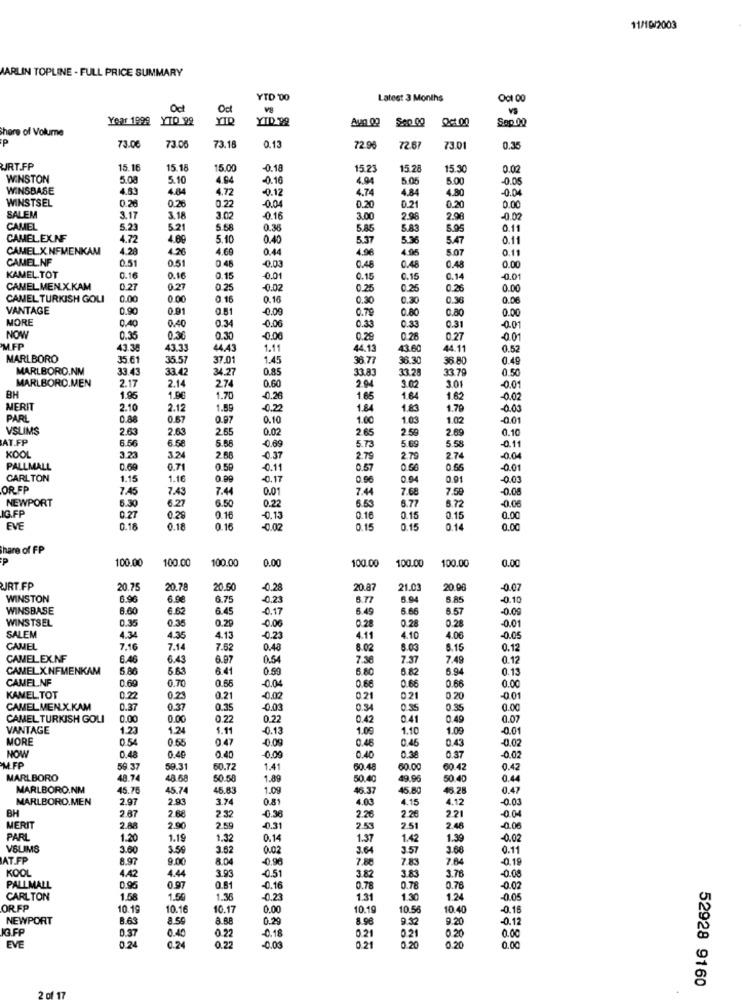
11/10/2003
MARLIN TOPLINE - FULL PRICE SUMMARY
YTD '00
Latest 3 Months
Oct
Oct
VS
Year 1999
YTQ '98
YIR
YID 99
Aug 00
Son 00
Sap 00
there of Volume
P
73.0€
73.05
73.18
0.13
72.96
72.67
730
0.35
URT.FP
15.16
15.18
15.00
-0.18
15.2
15.28
15.30
000
WINSTON
5.08
5.10
4.64
-0.16
4.94
5.05
5.00
-0.05
WINSBASE
4.53
4.84
4.72
-0.12
4.74
4.84
4.80
0.04
WINSTSEL
0.26
0.22
0.00
0.28
0.04
0.20
0.21
0.20
SALEM
3.17
3.18
3.02
-0.16
3.00
2.98
2.98
-0.02
CAMEL
5.23
5.21
5.58
0.36
5.85
5.83
5.95
0.11
CAMEL.EX.NF
4.72
4.00
5.10
0.40
5.37
5.36
5.47
0.11
CAMEL.X. NEMENKAM
4.28
4.26
4.60
0.44
4.96
4.95
5.07
0.11
CAMEL.NF
0.51
0.51
0.48
-0.03
0.48
0.48
0.48
0.00
KAMEL.TOT
0.16
0.16
0.15
0.01
0.15
0.15
0.14
-0.01
CAMEL MEN.X.KAM
0.27
0.27
0.25
-0.02
0.25
0.25
0.26
0.00
CAMEL TURKISH GOLI
0.00
0.00
0.16
0.16
0.30
0.30
0.36
0.06
VANTAGE
0.90
0.91
0.81
-0.09
0.79
0.80
0.80
0.00
MORE
0.40
0.40
0.34
-0.06
0.33
0.33
0.31
-0.01
NOW
0.35
0.36
0.30
-0.00
0.29
0.26
0.27
-0.01
MFP
43.38
43.33
44.43
1.11
44.13
43.60
44.11
0.52
MARLBORO
35.61
35.57
37.01
1.45
36.77
38.30
36.80
0.49
MARLBORO.NM
33.43
33.42
34.27
0.85
33.83
33.28
33.79
0.50
MARLBORO.MEN
2.17
2.14
274
0.60
2.04
3.01
3.00
-0.01
BH
1.95
1.96
1.70
-0.26
1.65
1.64
1.62
-0.02
MERIT
2.10
2.12
1.59
-0.22
1.84
1.83
1.79
-0.03
PARL
0.88
0.67
0.97
0.10
1.00
1.03
1.02
-0.01
VSLIMS
2.63
2.63
2.65
0.02
2.65
2.59
2.69
0.10
AT.FP
6.56
6.58
5.66
5.69
5.58
0.69
5.73
0.11
KOOL
3.23
3.24
2.68
-0.37
2 75
2.70
2.74
-0.04
PALLMALL
0.71
0.59
-0.11
0.57
0.56
0.55
001
CARLTON
1.15
1.16
-0.17
0.96
0.94
0.91
-0.03
OR SP
7.45
7.43
7.44
0.01
7.44
7.68
7.50
-0.08
NEWPORT
6.30
6.27
6.50
6.53
6.77
5.72
-0.05
IG.FP
0.22
0.27
0.29
0.16
-0.13
0.16
0.15
0.15
0.00
EVE
0.18
0.18
0.16
-0.02
0.15
0.15
0.14
0.00
Share of FP
P
100.00
100.00
100.00
100.00
0.00
0.00
100.00
100.00
WIRT FP
20.75
20.78
20.50
-0.28
20.87
21.03
20 0
-0.07
WINSTON
6.96
6.9€
6.75
-0.23
6.77
6.94
5.85
-0.10
WINSBASE
6.60
6.62
6.45
-0.17
6.49
6.66
6.57
-0.00
WINSTSEL
0.35
0.35
0.29
0.28
0.28
0.28
SALEM
-0.06
0.01
4.34
4.35
4.13
-0.23
4.11
4.10
4.06
-0.05
CAMEL
7.16
7.14
7.62
0.48
8.02
5.03
8.15
0.12
CAMEL EX.NF
6.46
6.43
6.97
0.54
7.36
7.37
7.49
0.12
CAMELXNFMENKAM
5.86
5.63
6.41
0.59
6.80
6.82
5.94
0.13
CAMEL.NF
0.69
0.70
0.65
0.66
0.66
-0.04
0.66
0.00
KAMEL TOT
0.22
0.23
0.21
-0.02
0.21
0.21
0.20
-0.01
CAMELMEN.X.KAM
0.37
0.37
0.35
-0.03
034
03
0.35
0.00
CAMEL TURKISH GOLI
0.00
0.00
0.22
0.22
0.42
0.41
0.49
0.07
VANTAGE
1.23
1.24
5.11
-0.13
1.09
1.10
1.09
0.01
MORE
0.54
0.55
0.47
-0.09
0 48
0.46
0.43
-0.02
MFP
NOW
0.48
0.40
0.40
-0.00
0.40
0.38
0.37
0.02
59.37
59.31
60.72
1.41
60.48
60.00
60.42
0.42
MARLBORO
48.74
48.68
50.58
1.89
50.40
49.96
50.40
0.44
MARLBORO.NM
45.76
45.7
45.83
1.09
46.37
45.80
46.25
0.47
MARLBORO.MEN
2.97
2.93
3.74
0.81
4.03
4.15
4.12
-0.03
BH
2.67
2.68
2.32
-0.36
2.26
2.26
221
-0.04
MERIT
2.88
2.90
2.59
-0.31
2.53
2.51
2.48
-0.06
PARL
1.20
1.19
1.32
0.14
1.37
1.42
1.39
-0.02
VSLIMS
3.60
3.56
3.62
0.02
3.64
3.57
3.60
0.11
AT.FP
8.97
9.00
8.04
-0.96
7.88
7.83
7.64
-0.19
KOOL
4.44
382
4.42
3.93
-0.51
3.83
3.78
-0.08
PALLMALL
0.95
0.97
0.81
-0.16
0.78
0.78
0.76
-0.02
CARLTON
1.58
1.50
1.36
-0.23
1.31
1.30
1.24
-0.05
OR FP
10.19
10.16
10.1
0.00
10.19
10.56
10.40
-0.16
NEWPORT
8.63
8.88
0.29
8.96
9.32
9.20
-0.12
IG FP
0.37
0.40
0.22
-0.18
0.21
0.21
0.22
0.21
0.20
0.00
EVE
-0.03
0.20
0.00
52928 9160